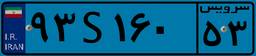
۹۳S۱۶۰۵۳